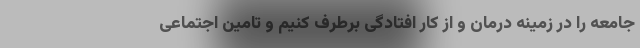
جامعه را در زمینه درمان و از کار افتادگی برطرف کنیم و تامین اجتماعی